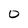
Character: O